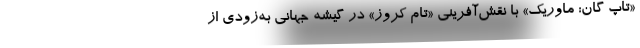
«تاپ گان: ماوریک» با نقش‌آفرینی «تام کروز» در گیشه جهانی به‌زودی از